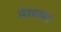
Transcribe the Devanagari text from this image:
मंगल।